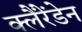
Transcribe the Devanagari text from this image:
क्लैंरेंडेन